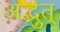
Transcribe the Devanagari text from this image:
अद्भुत्‌